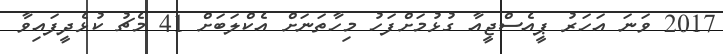
2017 ވަނަ އަހަރު ޕީއެސްޖީއާ ގުޅުމަށްފަހު މިހާތަނަށް އެކްލަބަށް 41 މެޗު ކުޅެދީފައިވާ